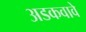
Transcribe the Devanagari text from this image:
अडकवावे